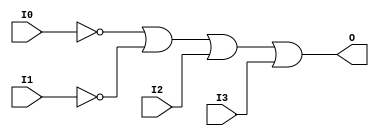
// $Header: /devl/xcs/repo/env/Databases/CAEInterfaces/verunilibs/data/unisims/OR4B2.v,v 1.6 2007/05/23 21:43:44 patrickp Exp $
///////////////////////////////////////////////////////////////////////////////
// Copyright (c) 1995/2004 Xilinx, Inc.
// All Right Reserved.
///////////////////////////////////////////////////////////////////////////////
//   ____  ____
//  /   /\/   /
// /___/  \  /    Vendor : Xilinx
// \   \   \/     Version : 10.1
//  \   \         Description : Xilinx Functional Simulation Library Component
//  /   /                  4-input OR Gate
// /___/   /\     Filename : OR4B2.v
// \   \  /  \    Timestamp : Thu Mar 25 16:43:31 PST 2004
//  \___\/\___\
//
// Revision:
//    03/23/04 - Initial version.
//    05/23/07 - Changed timescale to 1 ps / 1 ps.
//    05/23/07 - Added wire declaration for internal signals.

`timescale  1 ps / 1 ps


module OR4B2 (O, I0, I1, I2, I3);

    output O;

    input  I0, I1, I2, I3;

    wire i0_inv;
    wire i1_inv;

    not N1 (i1_inv, I1);
    not N0 (i0_inv, I0);
    or O1 (O, i0_inv, i1_inv, I2, I3);


endmodule